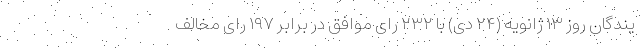
یندگان روز ۱۳ ژانویه (۲۴ دی) با ۲۳۲ رای موافق در برابر ۱۹۷ رای مخالف